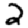
Digit: 2